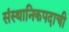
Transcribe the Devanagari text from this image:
संस्थानिकपदाची